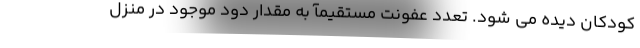
کودکان دیده می شود. تعدد عفونت مستقیمآ به مقدار دود موجود در منزل